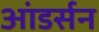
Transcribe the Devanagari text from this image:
आंडर्सन